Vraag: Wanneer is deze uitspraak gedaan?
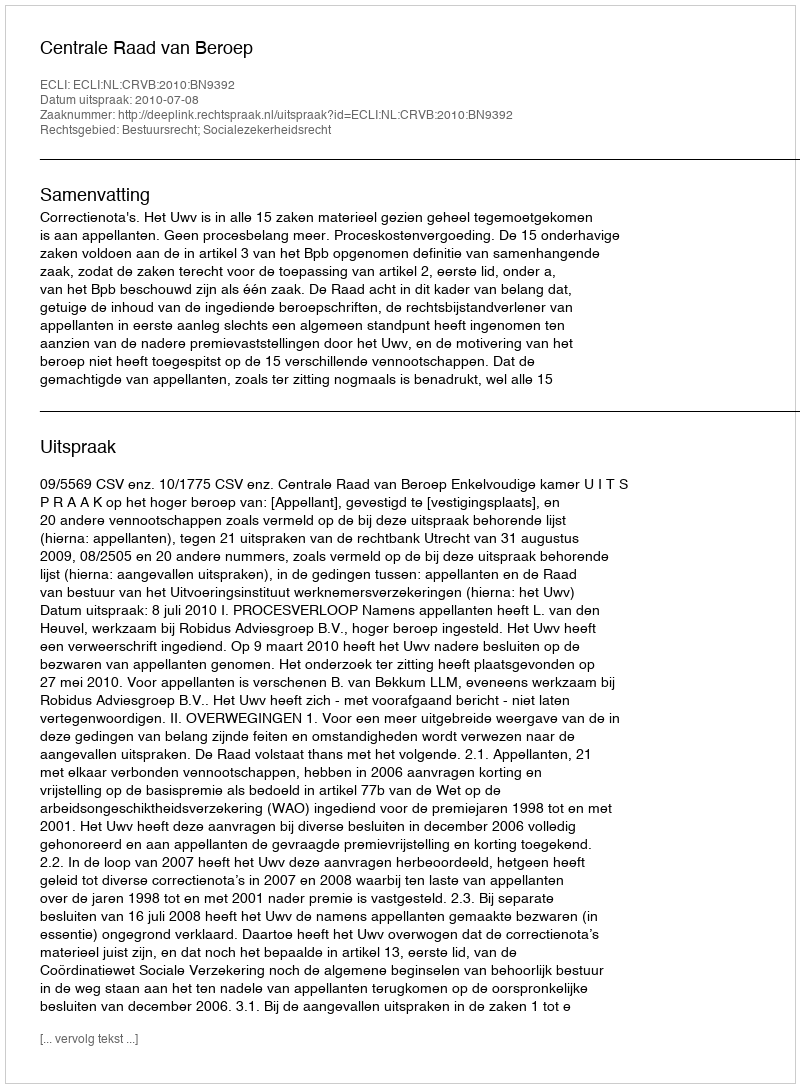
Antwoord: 2010-07-08